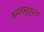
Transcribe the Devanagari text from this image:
कमलमृदुचरण